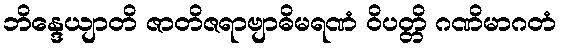
ဘိန္ဒေယျာတိ ဇာတိဇရာဗျာဓိမရဏံ ဝိပတ္တိ ဂဏိမာဂတံ